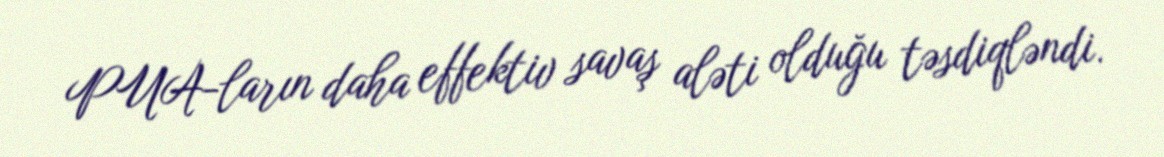
PUA-ların daha effektiv savaş aləti olduğu təsdiqləndi.